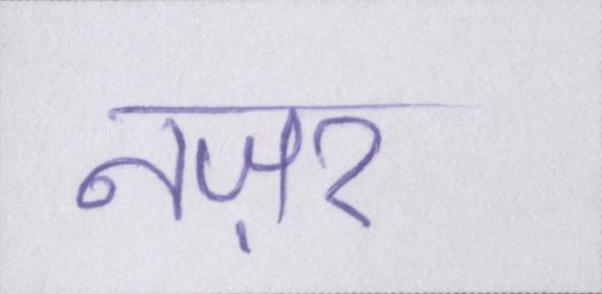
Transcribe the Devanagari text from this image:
नज़र